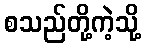
စသည်တို့ကဲ့သို့